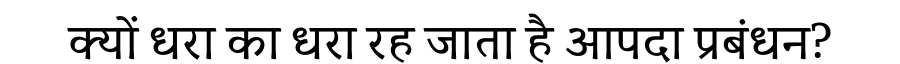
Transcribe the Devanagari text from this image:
क्यों धरा का धरा रह जाता है आपदा प्रबंधन?